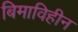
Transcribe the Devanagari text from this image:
बिमाविहीन